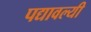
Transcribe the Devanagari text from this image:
पद्यावल्यी